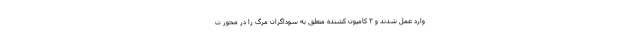
وارد عمل شدند و ۳ کامیون کشنده متعلق به سوداگران مرگ را در محور ت